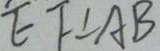
E F \bot A B